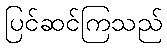
ပြင်ဆင်ကြသည်